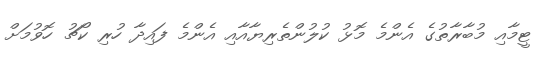
ޓީމާއި މުބާރާތުގެ އެންމެ މޮޅު ކުލުންތެރިޔާއާއި އެންމެ ފައިދާ ހުރި ކޯޗު ހޮވުމަށް